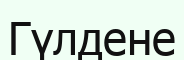
Гүлдене